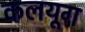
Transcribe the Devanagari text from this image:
कलयूग